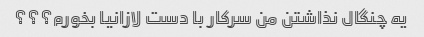
یه چنگال نذاشتن من سرکار با دست لازانیا بخورم؟؟؟